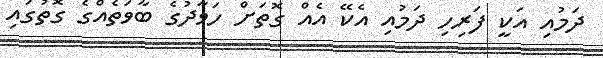
ދަމުއި އަކީ ފަރިހި ދަމުއި އެކޭ އެއް ގޮތަށް ހަވާދުގެ ބާވަތެއްގެ ގޮތުގައި